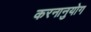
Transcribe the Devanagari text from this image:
करनानुयोग